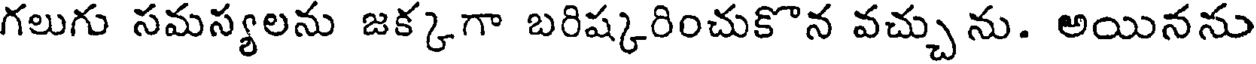
గలుగు సమస్యలను జక్కగా బరిష్కరించుకొన వచ్చును. అయినను